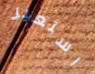
استعير